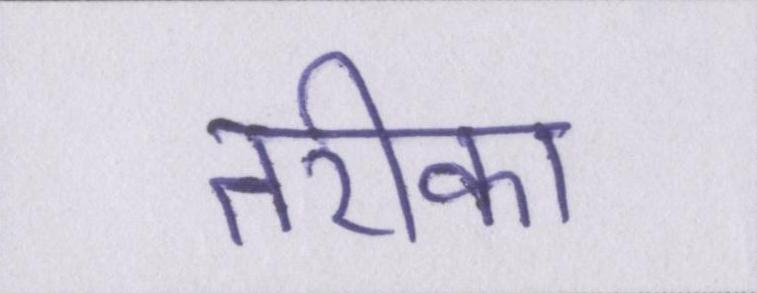
तरीका